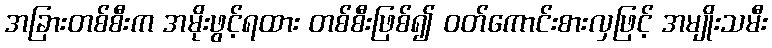
အခြားတစ်စီးက အမိုးဖွင့်ရထား တစ်စီးဖြစ်၍ ဝတ်ကောင်းစားလှဖြင့် အမျိုးသမီး